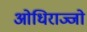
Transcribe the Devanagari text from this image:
ओधिराज्जो